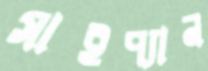
সাইপ্যান